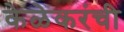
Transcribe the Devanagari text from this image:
केळेकरंची